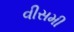
વીસમી